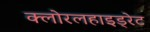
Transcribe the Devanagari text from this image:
क्लोरलहाइड्रेट